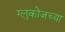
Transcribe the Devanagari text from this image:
ग्लुकोजच्या